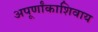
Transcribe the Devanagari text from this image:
अपूर्णांकाशिवाय